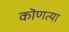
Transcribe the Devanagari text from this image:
कॊणत्या